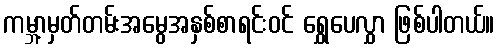
ကမ္ဘာ့မှတ်တမ်းအမွေအနှစ်စာရင်းဝင် ရွှေပေလွှာ ဖြစ်ပါတယ်။